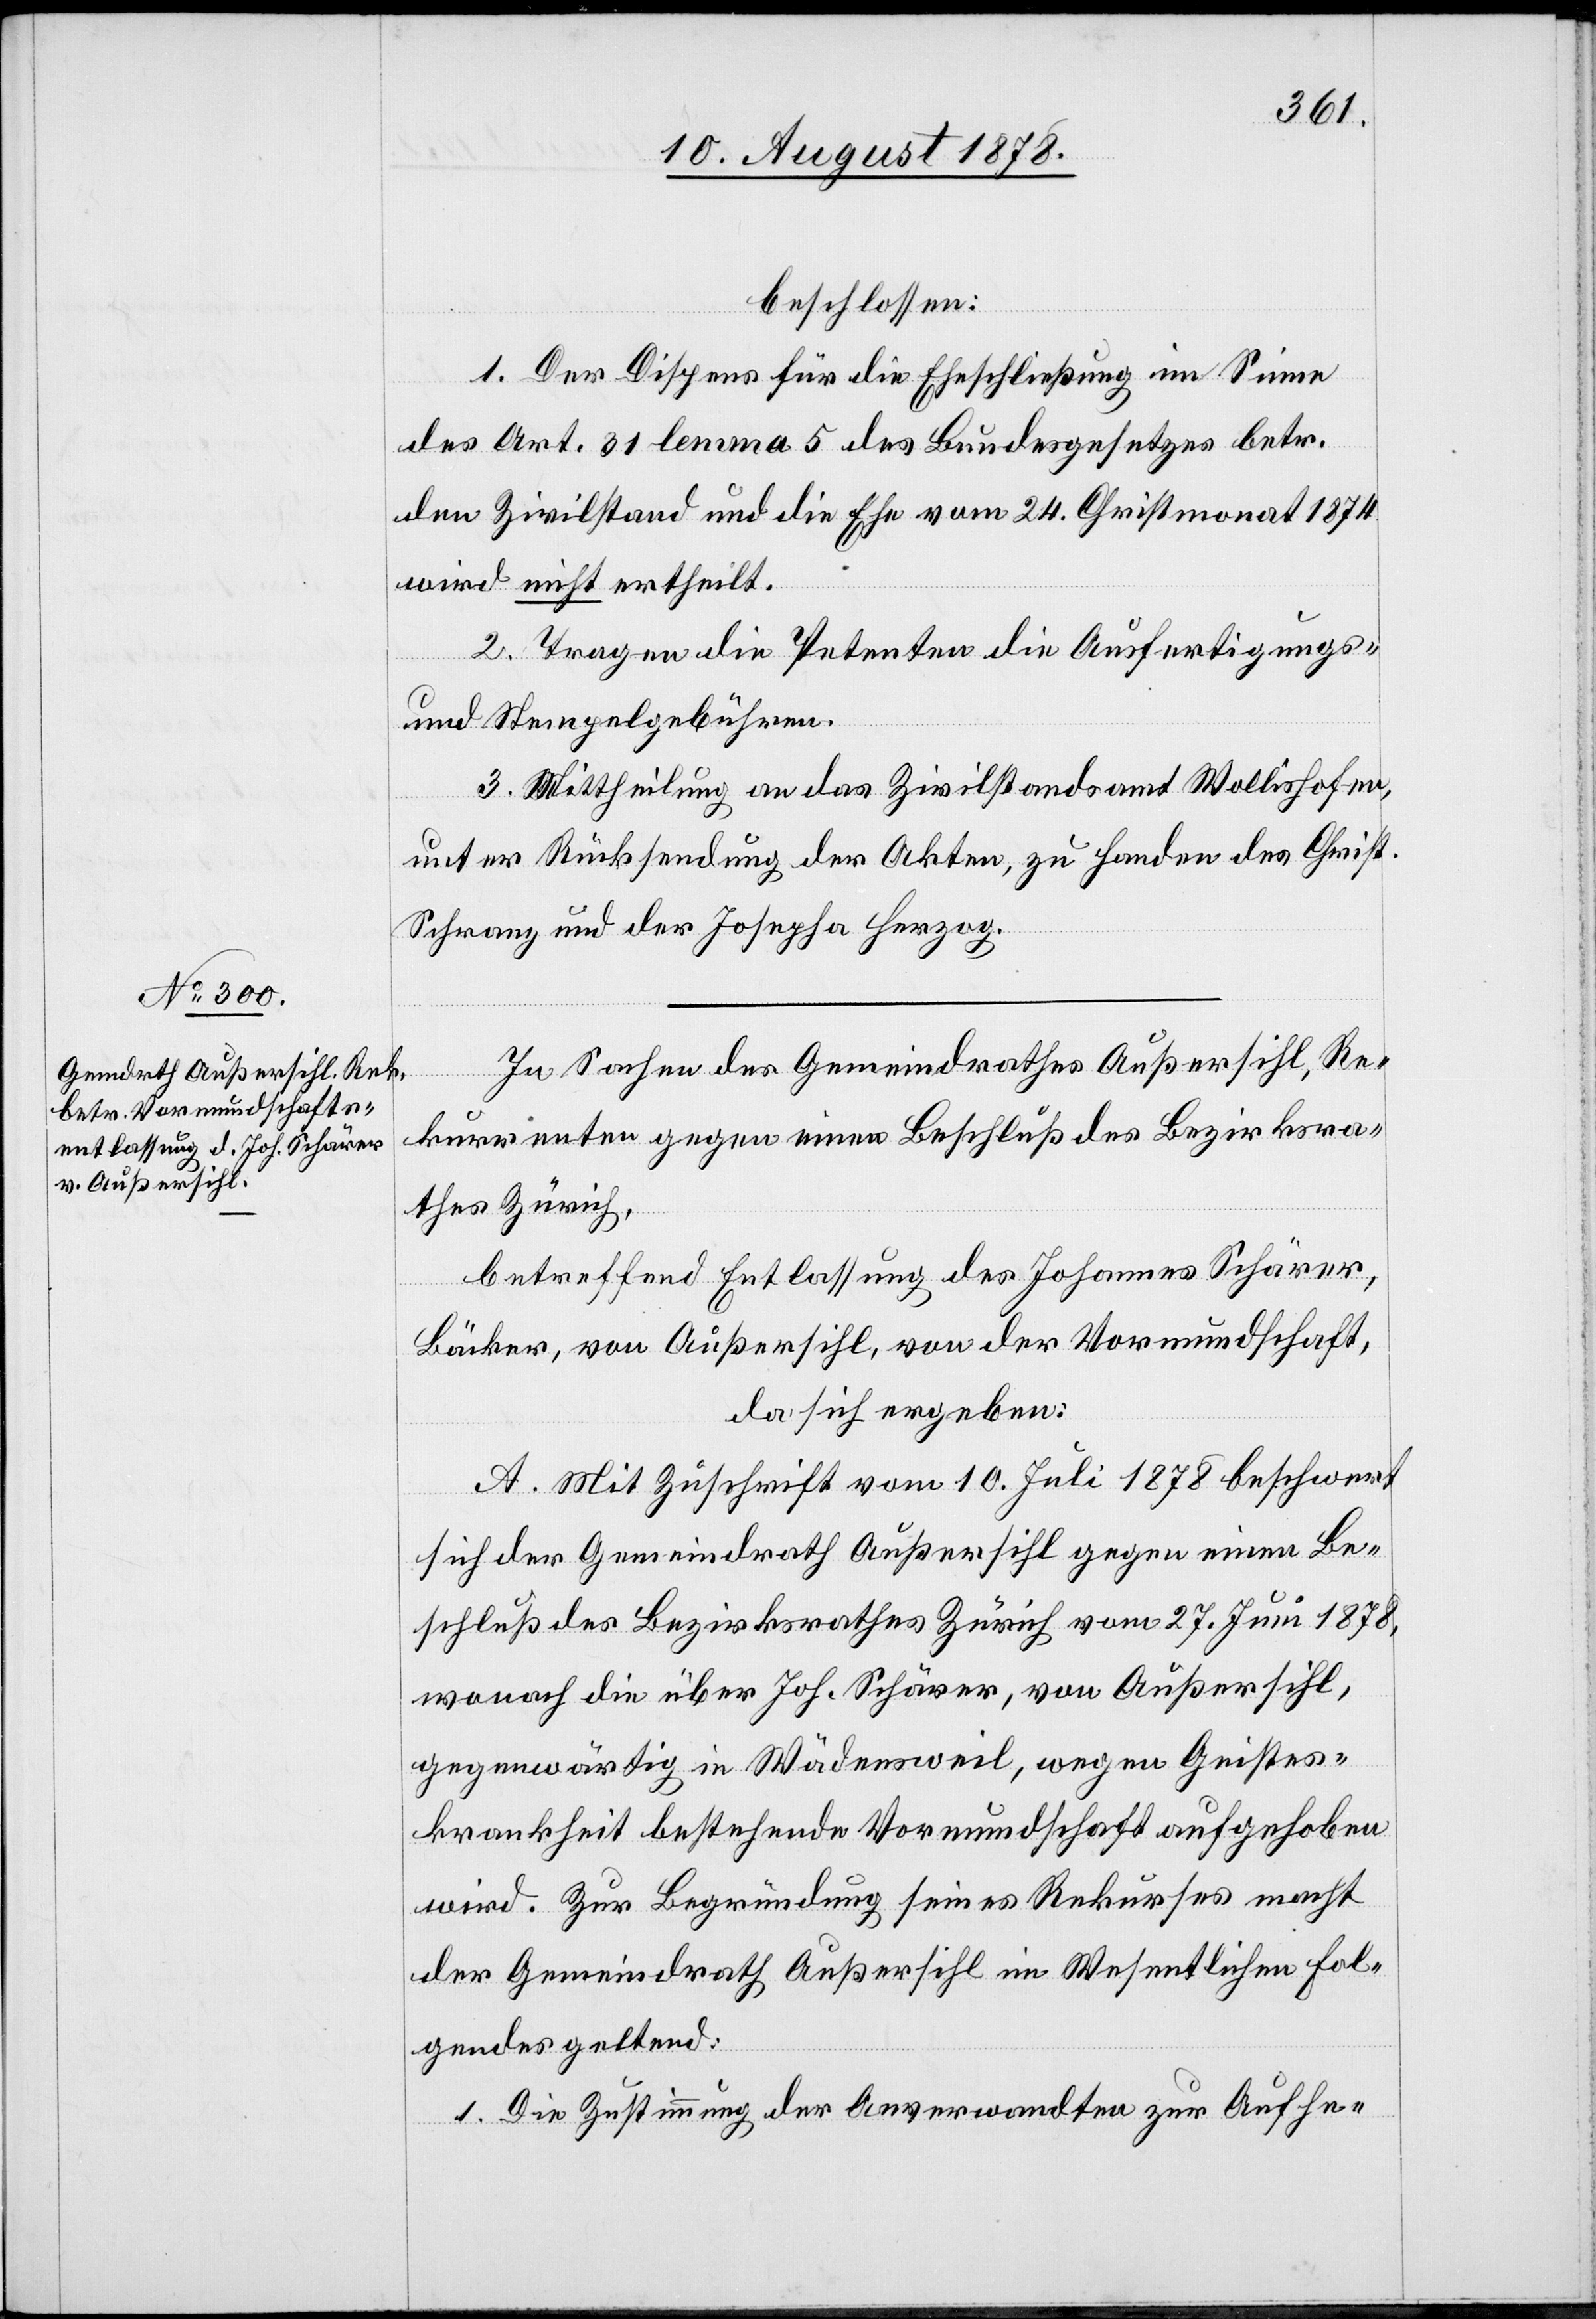
beschlossen:
1. Der Dispens für die Eheschließung im Sinne
des Art. 31 lemma 5 des Bundesgesetzes betr.
den Zivilstand und die Ehe vom 24. Christmonat 1874
wird nicht ertheilt.
2. Tragen die Petenten die Ausfertigungs-
und Stempelgebühren.
3. Mittheilung an das Zivilstandsamt Wollishofen,
unter Rücksendung der Akten, zu Handen des Christ.
Schranz und der Josepha Herzog.
In Sachen des Gemeindrathes Außersihl, Re¬
kurrenten gegen einen Beschluß des Bezirksra¬
thes Zürich,
betreffend Entlassung des Johannes Schärer,
Bäcker, von Außersihl, von der Vormundschaft,
da sich ergeben:
A. Mit Zuschrift vom 10. Juli 1878 beschwert
sich der Gemeindrath Außersihl gegen einen Be¬
schluß des Bezirksrathes Zürich vom 27. Juni 1878,
wonach die über Joh. Schärer, von Außersihl,
gegenwärtig in Wädensweil, wegen Geistes¬
krankheit bestehende Vormundschaft aufgehoben
wird. Zur Begründung seines Rekurses macht
der Gemeindrath Außersihl im Wesentlichen Fol¬
gendes geltend:
1. Die Zustimmung der Anverwandten zur Aufhe-